Problem: 2 × 8 = ?
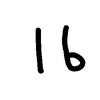
Handwritten answer: 16